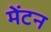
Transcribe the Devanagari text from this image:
मेंटन